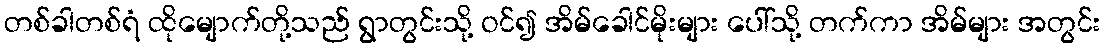
တစ်ခါတစ်ရံ ထိုမျောက်တို့သည် ရွာတွင်းသို့ ဝင်၍ အိမ်ခေါင်မိုးများ ပေါ်သို့ တက်ကာ အိမ်များ အတွင်း